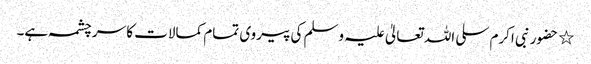
٭ حضور نبی اکرم سلی اللہ تعالیٰ علیہ وسلم کی پیروی تمام کمالات کا سر چشمہ ہے۔